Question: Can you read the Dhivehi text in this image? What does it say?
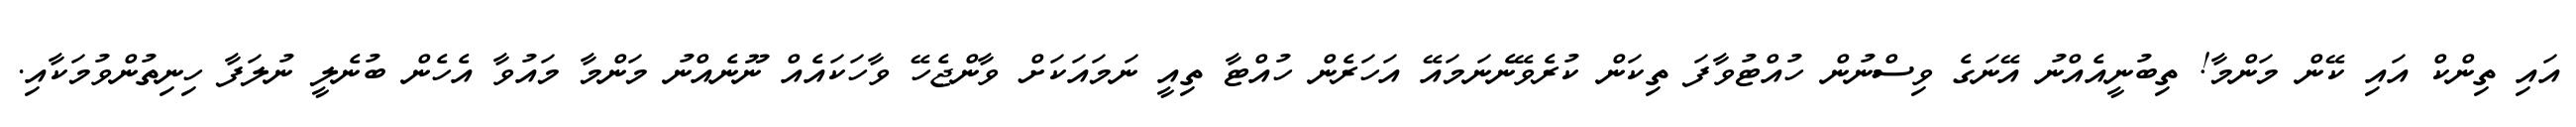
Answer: އައި ތިންކް އައި ކޭން މަންމާ! ތިބުނީއެއްނު އޭނަގެ ވިސްނުން ހުއްޓުވާފަ ތިކަން ކުރެވޭނެނަމައޭ އަހަރެން ހުއްޓާ ތިއީ ނަމައަކަށް ވާންޖެހޭ ވާހަކައެއް ނޫނެއްނު މަންމާ މައުވާ އެހެން ބުނެލީ ނުލަފާ ހިނިތުންވުމަކާއި.